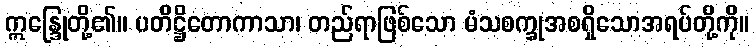
ဣန္ဒြေုတို့၏။ ပတိဋ္ဌိတောကာသာ၊ တည်ရာဖြစ်သော မံသစက္ခုအစရှိသောအရပ်တို့ကို။